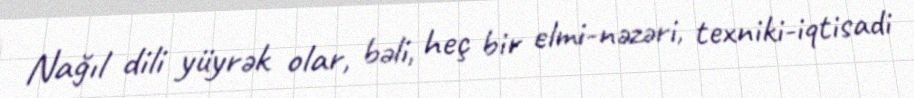
Nağıl dili yüyrək olar, bəli, heç bir elmi-nəzəri, texniki-iqtisadi